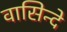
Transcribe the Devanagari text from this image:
वासिन्दे